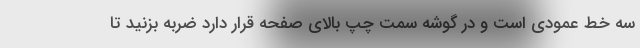
سه خط عمودی است و در گوشه سمت چپ بالای صفحه قرار دارد ضربه بزنید تا